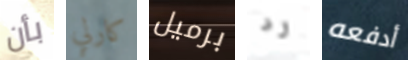
بأن كارلي برميل رد أدفعه